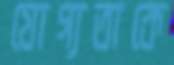
যোগ্যতাকে